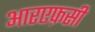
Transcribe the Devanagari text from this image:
आरएफ़सी